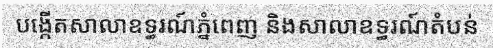
បង្កើតសាលាឧទ្ធរណ៍ភ្នំពេញ និងសាលាឧទ្ធរណ៍តំបន់